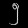
Digit: ၅